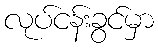
လုပ်ငန်းခွင်မှာ